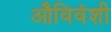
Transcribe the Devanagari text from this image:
औविवंशी